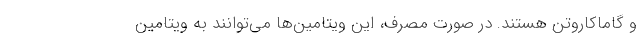
و گاماکاروتن هستند. در صورت مصرف، این ویتامین‌ها می‌توانند به ویتامین